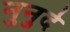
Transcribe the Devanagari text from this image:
नुनुदे